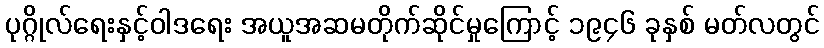
ပုဂ္ဂိုလ်ရေးနှင့်ဝါဒရေး အယူအဆမတိုက်ဆိုင်မှုကြောင့် ၁၉၄၆ ခုနှစ် မတ်လတွင်